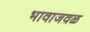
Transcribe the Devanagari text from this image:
भावाजवळ